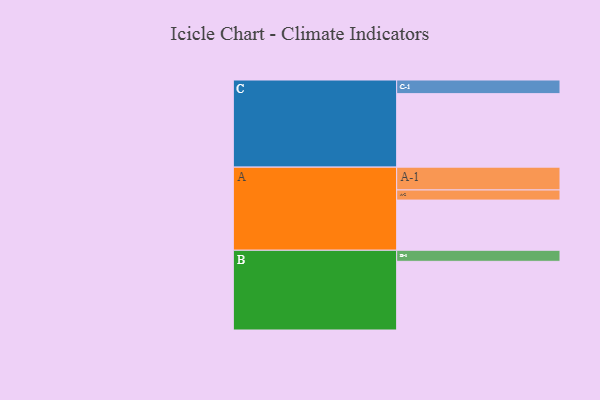
{"axis": {"x": "Segment", "y": "Value"}, "legend": ["", "A", "B", "C"], "data": [{"x": "A", "y": 372, "type": ""}, {"x": "B", "y": 509, "type": ""}, {"x": "C", "y": 545, "type": ""}, {"x": "A-1", "y": 169, "type": "A"}, {"x": "A-2", "y": 75, "type": "A"}, {"x": "B-1", "y": 82, "type": "B"}, {"x": "C-1", "y": 101, "type": "C"}]}